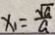
x _ { 1 } = \frac { \sqrt { a } } { a }